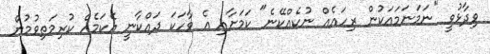
ވިދާޅުވީ "ނަމަނަމައަކުން ރިހައެއް ނުކެއްކޭނެ" ކަމަށާއި އެ ވާހަކަ ދައްކާނީ އެކަމެއް ކުރިމަތިވުމުން